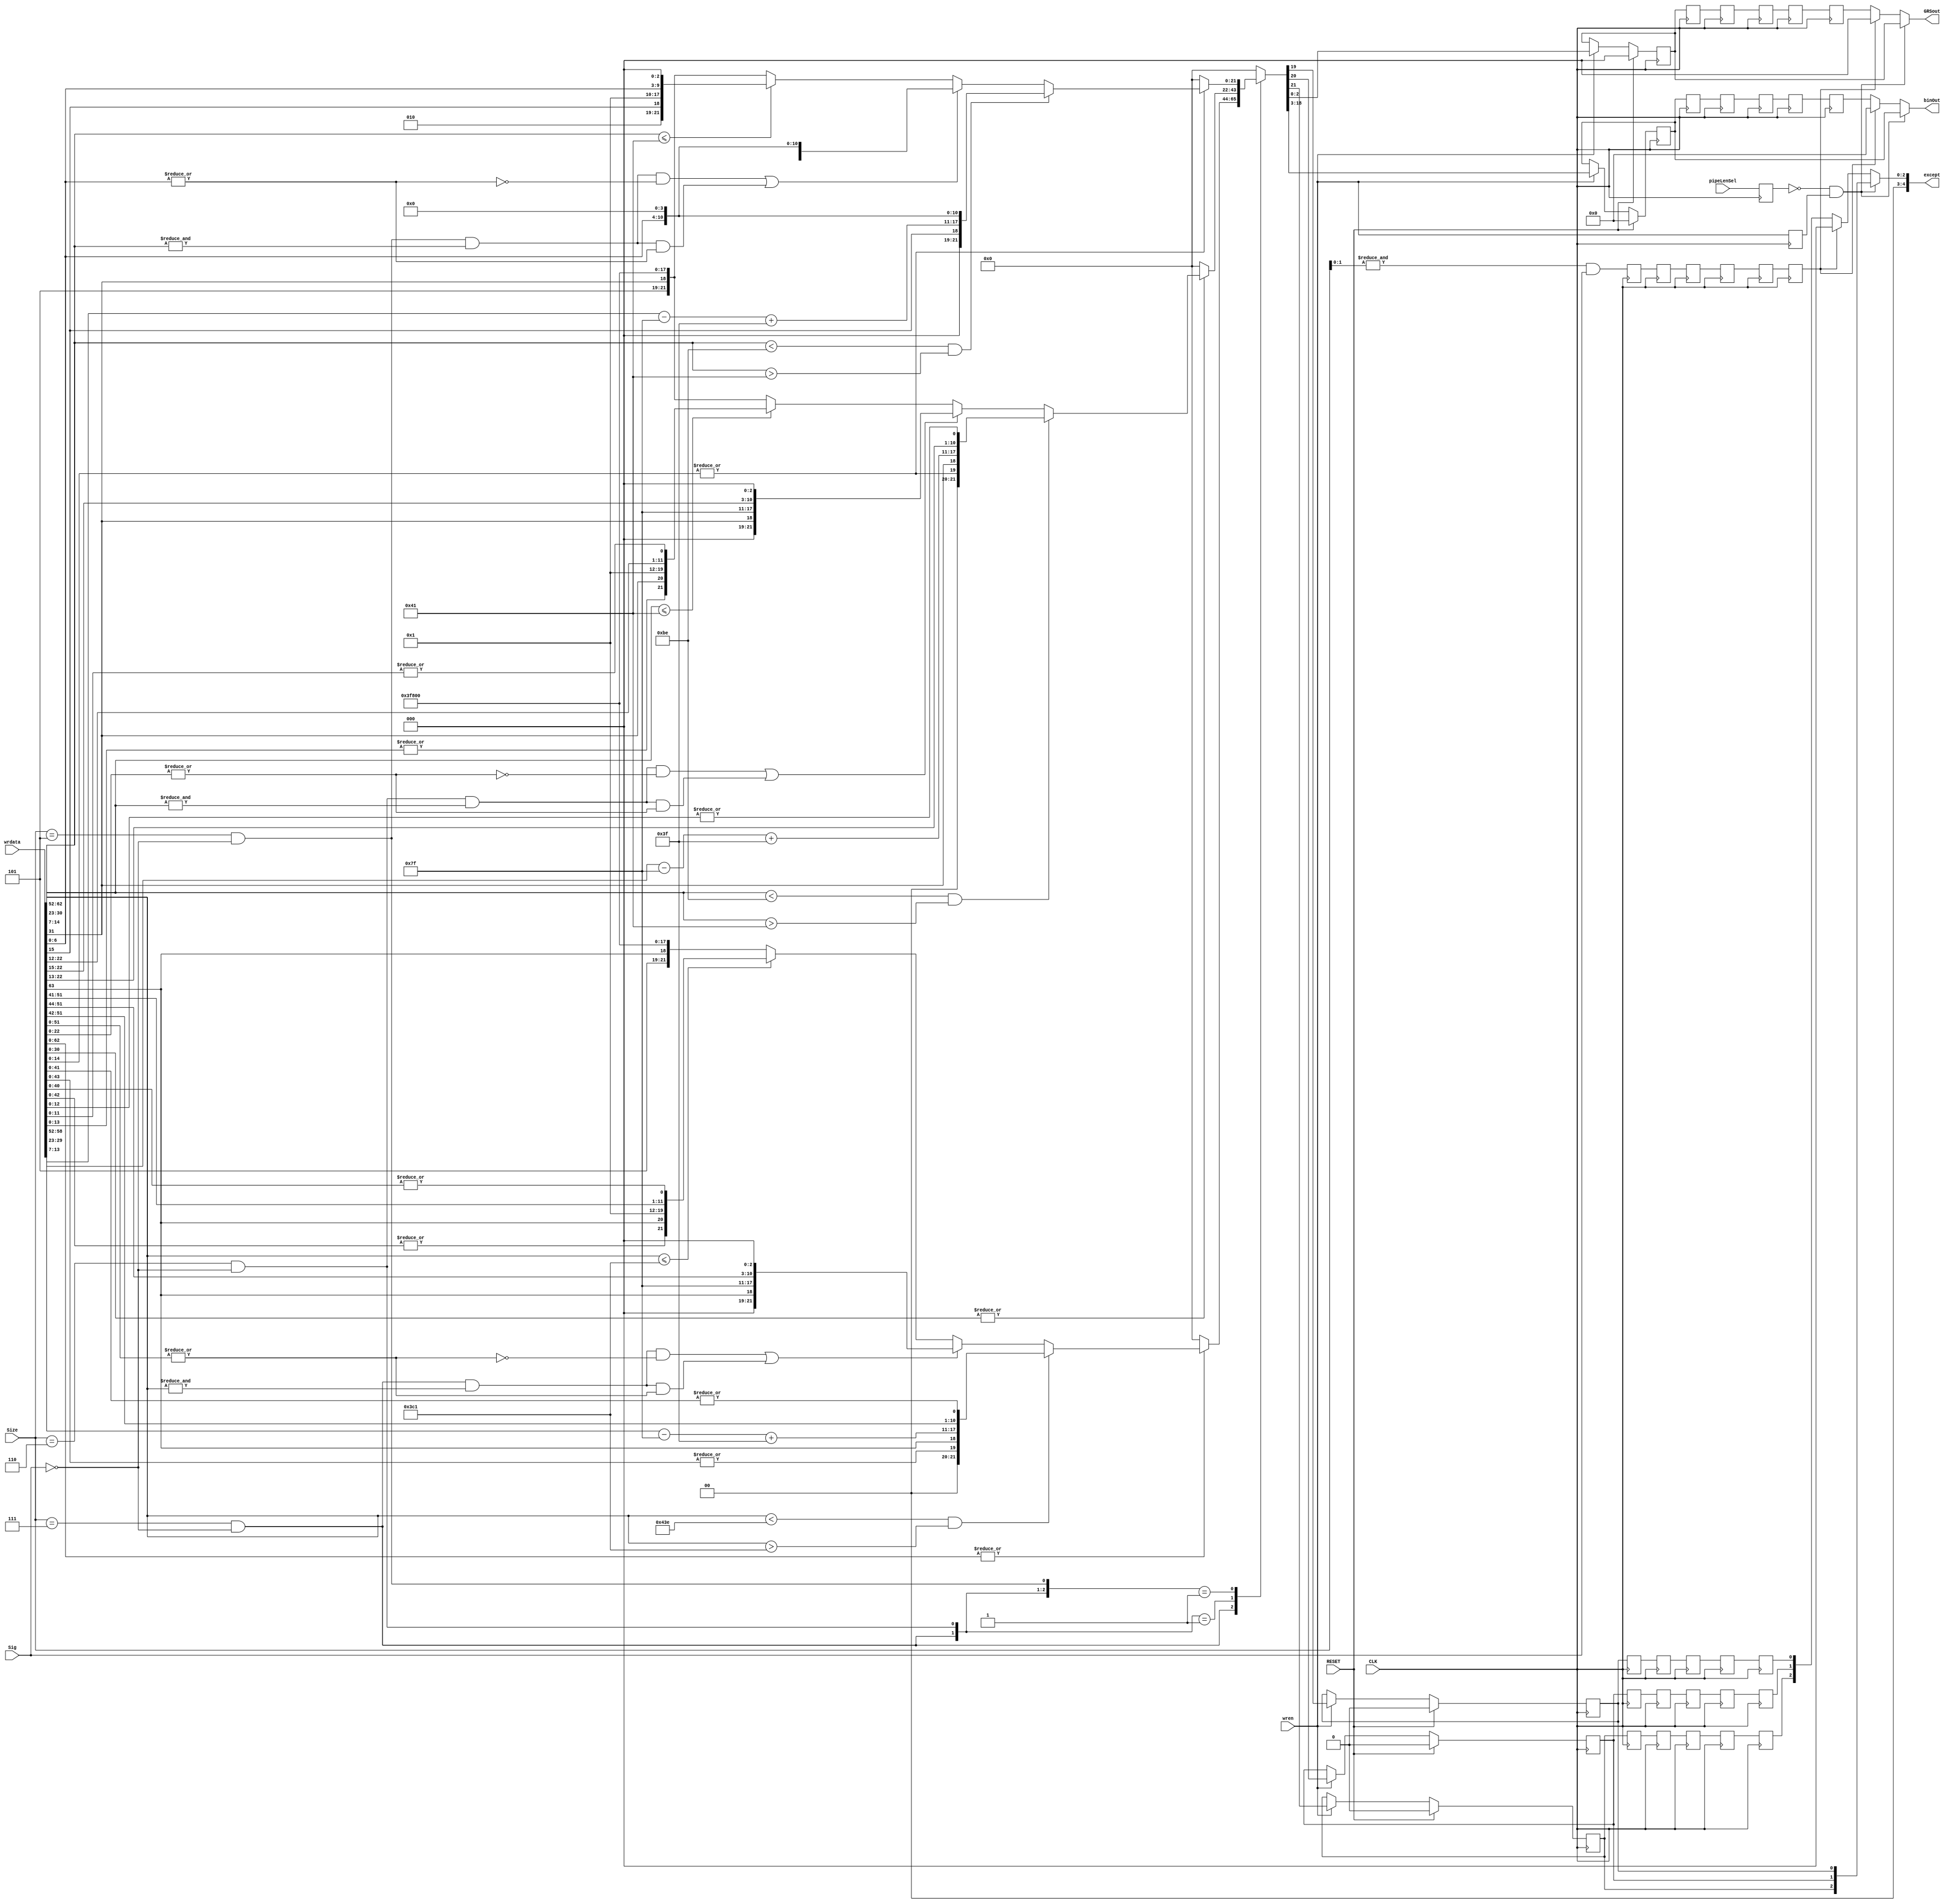
//univ_in_H7.v
//
// Version:  1.21  November 30, 2019
// Copyright (C) 2019.  All rights reserved.
//
////////////////////////////////////////////////////////////////////////////////////////////////////////////////////////
//                                                                                                                    //
//                                                    Open-Source                                                     //
//                            SYMPL 64-Bit Universal Floating-point ISA Compute Engine and                            //
//                                   Fused Universal Neural Network (FuNN) eNNgine                                    //
//                                    Evaluation and Product Development License                                      //
//                                                                                                                    //
//                                                                                                                    //
// Open-source means:  this source code and this instruction set ("this IP") may be freely downloaded, copied,        //
// modified, distributed and used in accordance with the terms and conditons of the licenses provided herein.         //
//                                                                                                                    //
// Provided that you comply with all the terms and conditions set forth herein, Jerry D. Harthcock ("licensor"),      //
// the original author and exclusive copyright owner of this SYMPL 64-Bit Universal Floating-point ISA Compute Engine //
// and Fused Universal Neural Network (FuNN) eNNgine, including related development software ("this IP"), hereby      //
// grants recipient of this IP ("licensee"), a world-wide, paid-up, non-exclusive license to implement this IP        //
// within the programmable fabric of Xilinx Kintex Ultra and Kintex Ultra+ brand FPGAs--only--and used only for the   //
// purposes of evaluation, education, and development of end products and related development tools.  Furthermore,    //
// limited to the purposes of prototyping, evaluation, characterization and testing of implementations in a hard,     //
// custom or semi-custom ASIC, any university or institution of higher education may have their implementation of     //
// this IP produced for said limited purposes at any foundary of their choosing provided that such prototypes do      //
// not ever wind up in commercial circulation, with this license extending to such foundary and is in connection      //
// with said academic pursuit and under the supervision of said university or institution of higher education.        //
//                                                                                                                    //
// Any copying, distribution, customization, modification, or derivative work of this IP must include an exact copy   //
// of this license and original copyright notice at the very top of each source file and any derived netlist, and,    //
// in the case of binaries, a printed copy of this license and/or a text format copy in a separate file distributed   //
// with said netlists or binary files having the file name, "LICENSE.txt".  You, the licensee, also agree not to      //
// remove any copyright notices from any source file covered or distributed under this Evaluation and Product         //
// Development License.                                                                                               //
//                                                                                                                    //
// LICENSOR DOES NOT WARRANT OR GUARANTEE THAT YOUR USE OF THIS IP WILL NOT INFRINGE THE RIGHTS OF OTHERS OR          //
// THAT IT IS SUITABLE OR FIT FOR ANY PURPOSE AND THAT YOU, THE LICENSEE, AGREE TO HOLD LICENSOR HARMLESS FROM        //
// ANY CLAIM BROUGHT BY YOU OR ANY THIRD PARTY FOR YOUR SUCH USE.                                                     //
//                                                                                                                    //
// Licensor reserves all his rights, including, but in no way limited to, the right to change or modify the terms     //
// and conditions of this Evaluation and Product Development License anytime without notice of any kind to anyone.    //
// By using this IP for any purpose, licensee agrees to all the terms and conditions set forth in this Evaluation     //
// and Product Development License.                                                                                   //
//                                                                                                                    //
// This Evaluation and Product Development License does not include the right to sell products that incorporate       //
// this IP or any IP derived from this IP. If you would like to obtain such a license, please contact Licensor.       //
//                                                                                                                    //
// Licensor can be contacted at:  SYMPL.gpu@gmail.com or Jerry.Harthcock@gmail.com                                    //
//                                                                                                                    //
////////////////////////////////////////////////////////////////////////////////////////////////////////////////////////

 `timescale 1ns/100ps

module univ_in_H7 (
    CLK,
    RESET,
    wren,
    pipeLenSel,   //1=long pipe, 0=short pipe
    Size,         //source Size
    Sig,          //source Signal
    wrdata,
    binOut,
    GRSout,
    except    //{divX0, invalid, overflow, underflow, inexact}
    );

input CLK;
input RESET;
input wren;
input pipeLenSel;
input [2:0] Size;        //source Size
input Sig;               //source Signal
input [63:0] wrdata;    
output [15:0] binOut;
output [2:0] GRSout;
output [4:0] except;

wire [15:0] binOutDCS;
wire [2:0] GRSoutDCS;

reg [15:0] bin78_del_2,
           bin78_del_3,
           bin78_del_4,
           bin78_del_5,
           bin78_del_6;

reg [2:0]  bin78GRS_del_2,
           bin78GRS_del_3,
           bin78GRS_del_4,
           bin78GRS_del_5,
           bin78GRS_del_6;         

reg  overflow_del_2,
     overflow_del_3,
     overflow_del_4,
     overflow_del_5,
     overflow_del_6;

reg  underflow_del_2,
     underflow_del_3,
     underflow_del_4,
     underflow_del_5,
     underflow_del_6;
     
reg  inexact_del_2,
     inexact_del_3,
     inexact_del_4,
     inexact_del_5,
     inexact_del_6;
     

reg  H7_del_1,
     H7_del_2,
     H7_del_3,
     H7_del_4,
     H7_del_5,
     H7_del_6;
           
wire [4:0] except;
wire ovflw;
wire divX0;
wire undflw;

wire ovflwDCS;
wire divX0DCS;
wire undflwDCS;
wire inexactDCS;

assign ovflwDCS   = 0;  //not implemented yet
assign divX0DCS   = 0;  //not implemented yet
assign undflwDCS  = 0;  //not implemented yet
assign inexactDCS = 0;  //not implemented yet

//possible input formats
wire H7;
wire bin64;
wire bin32;
wire bfloat16;

//assign H7       = (Size==3'b111) &&  Sig;
assign H7       = &Size[1:0] &&  Sig;     //must be 8 bytes or multiples of 8 bytes
assign bin64    = (Size==3'b111) && ~Sig;
assign bin32    = (Size==3'b110) && ~Sig;
assign bfloat16 = (Size==3'b101) && ~Sig;

wire bin64inf;
wire bin32inf;
wire bfloat16inf;

wire bin64nan;
wire bin32nan;
wire bfloat16nan;

wire bin64zero;
wire bin32zero;
wire bfloat16zero;

assign bin64inf    =  bin64    &&  &wrdata[62:52] && ~|wrdata[51:0];
assign bin32inf    =  bin32    &&  &wrdata[30:23] && ~|wrdata[22:0];
assign bfloat16inf =  bfloat16 &&  &wrdata[14:7]  && ~|wrdata[6:0];

assign bin64nan    =  bin64    &&  &wrdata[62:52] && |wrdata[51:0];
assign bin32nan    =  bin32    &&  &wrdata[30:23] && |wrdata[22:0];
assign bfloat16nan =  bfloat16 &&  &wrdata[14:7]  && |wrdata[6:0];

assign bin64zero = ~|wrdata[62:0];
assign bin32zero = ~|wrdata[30:0];
assign bfloat16zero = ~|wrdata[14:0];

wire [2:0] binFormatSel;
assign binFormatSel = {bin64, bin32, bfloat16};

wire [10:0] bin64unbExp;
assign bin64unbExp = wrdata[62:52] - 1023;
wire [10:0] convBin64toBin78biased;
assign convBin64toBin78biased = bin64unbExp + 63;

wire [7:0] bin32unbExp;
assign bin32unbExp = wrdata[30:23] - 127;
wire [7:0] convBin32toBin78biased;
assign convBin32toBin78biased = bin32unbExp + 63;

wire [7:0] bf16unbExp;
assign bf16unbExp = wrdata[14:7] - 127;
wire [7:0] convBF16toBin78biased;
assign convBF16toBin78biased = bf16unbExp + 63;


reg [15:0] bin78;
reg [2:0] bin78GRS;
reg overflow;
reg underflow;
reg inexact;

always @(posedge CLK)
    if (RESET) {overflow, underflow, inexact, bin78, bin78GRS} <= 22'b0;
    else if (wren)
        casex(binFormatSel)
            3'b1xx : if (bin64zero) {overflow, underflow, inexact, bin78, bin78GRS} <= 0;
                     else if ((wrdata[62:52] < (1023 + 63)) && (wrdata[62:52] > (1023 - 62))) {overflow, underflow, inexact, bin78, bin78GRS} <= {2'b00, |wrdata[43:0], wrdata[63], convBin64toBin78biased[6:0], wrdata[51:44],  wrdata[43:42], |wrdata[41:0]}; 
                     else if (bin64inf || bin64nan) {overflow, underflow, inexact, bin78, bin78GRS} <= {3'b000, wrdata[63], 7'h7F, wrdata[51:44], 3'b000}; 
                     else if (wrdata[62:52] <= (1023 - 62)) {overflow, underflow, inexact, bin78, bin78GRS} <= {1'b0, |wrdata[42:0], |wrdata[42:0], wrdata[63], 7'h00, 1'b1,  wrdata[51:43],  wrdata[42:41], |wrdata[40:0]};
                     else  {overflow, underflow, inexact, bin78, bin78GRS} <= {3'b101, wrdata[63], 7'h7F, 8'h00, 3'b000};
            3'b01x : if (bin32zero) {overflow, underflow, inexact, bin78, bin78GRS} <= 0;
                     else if ((wrdata[30:23] < (127 + 63)) && (wrdata[30:23] > (127 - 62))) {overflow, underflow, inexact, bin78, bin78GRS} <= {2'b00, |wrdata[14:0], wrdata[31], convBin32toBin78biased[6:0], wrdata[22:15],  wrdata[14:13], |wrdata[12:0]}; 
                     else if (bin32inf || bin32nan) {overflow, underflow, inexact, bin78, bin78GRS} <= {3'b000, wrdata[31], 7'h7F, wrdata[22:15], 3'b000}; 
                     else if (wrdata[30:23] <= (127 - 62)) {overflow, underflow, inexact, bin78, bin78GRS} <= {1'b0, |wrdata[13:0], |wrdata[13:0], wrdata[31], 7'h00, 1'b1, wrdata[22:14], wrdata[13:12], |wrdata[11:0]};
                     else  {overflow, underflow, inexact, bin78, bin78GRS} <= {3'b101, wrdata[31], 7'h7F, 8'h00, 3'b000};
            3'b001 : if (bfloat16zero) {overflow, underflow, inexact, bin78, bin78GRS} <= 0;
                     else if ((wrdata[14:7] < (127 + 63)) && (wrdata[14:7] > (127 - 62))) {overflow, underflow, inexact, bin78, bin78GRS} <= {3'b000, wrdata[15], convBF16toBin78biased[6:0],  wrdata[6:0], 4'b0000}; 
                     else if ( bfloat16inf ||  bfloat16nan) {overflow, underflow, inexact, bin78, bin78GRS} <= {3'b000, wrdata[15], 7'h7F, wrdata[6:0], 4'b0000}; 
                     else if (wrdata[14:7] <= (127 - 62)) {overflow, underflow, inexact, bin78, bin78GRS} <= {3'b010, wrdata[15], 7'h00, 1'b1, wrdata[6:0], 3'b000};
                     else  {overflow, underflow, inexact, bin78, bin78GRS} <= {3'b101, wrdata[31], 7'h7F, 8'h00, 3'b000};
           default : {overflow, underflow, inexact, bin78, bin78GRS} = 22'b0;
        endcase
       
always @(posedge CLK) begin
    bin78_del_2 <= bin78;
    bin78_del_3 <= bin78_del_2;
    bin78_del_4 <= bin78_del_3;
    bin78_del_5 <= bin78_del_4;
    bin78_del_6 <= bin78_del_5;
end

always @(posedge CLK) begin
    bin78GRS_del_2 <= bin78GRS;
    bin78GRS_del_3 <= bin78GRS_del_2;
    bin78GRS_del_4 <= bin78GRS_del_3;
    bin78GRS_del_5 <= bin78GRS_del_4;
    bin78GRS_del_6 <= bin78GRS_del_5;
end

always @(posedge CLK) begin
    overflow_del_2 <= overflow;
    overflow_del_3 <= overflow_del_2;
    overflow_del_4 <= overflow_del_3;
    overflow_del_5 <= overflow_del_4;
    overflow_del_6 <= overflow_del_5;
end

always @(posedge CLK) begin
    underflow_del_2 <= underflow;
    underflow_del_3 <= underflow_del_2;
    underflow_del_4 <= underflow_del_3;
    underflow_del_5 <= underflow_del_4;
    underflow_del_6 <= underflow_del_5;
end

always @(posedge CLK) begin
    inexact_del_2 <= inexact;
    inexact_del_3 <= inexact_del_2;
    inexact_del_4 <= inexact_del_3;
    inexact_del_5 <= inexact_del_4;
    inexact_del_6 <= inexact_del_5;
end

always @(posedge CLK) begin
    H7_del_1 <= H7;
    H7_del_2 <= H7_del_1;
    H7_del_3 <= H7_del_2;
    H7_del_4 <= H7_del_3;
    H7_del_5 <= H7_del_4;
    H7_del_6 <= H7_del_5;
end

reg [6:1] pipeLenSel_del;
always @(posedge CLK) begin
    pipeLenSel_del[1] <= pipeLenSel;
    pipeLenSel_del[2] <= pipeLenSel_del[1];
    pipeLenSel_del[3] <= pipeLenSel_del[2];
    pipeLenSel_del[4] <= pipeLenSel_del[3];
    pipeLenSel_del[5] <= pipeLenSel_del[4];
    pipeLenSel_del[6] <= pipeLenSel_del[5];
end

`ifdef FuNN_Has_FromDecimalChar
decCharToBinH8 DCStoBinH8_out(
    .RESET (RESET ),
    .CLK   (CLK   ),
    .wren  (wren  ),
    .wrdata(wrdata),
    .binOut(binOutDCS),
    .GRS   (GRSoutDCS)
    );
`else
assign binOutDCS = 0;
assign GRSoutDCS = 0;
`endif

reg wren_del;
always @(posedge CLK) wren_del <= wren;

assign binOut = (~pipeLenSel_del[1] && wren_del) ? bin78    : (H7_del_6 ? binOutDCS : bin78_del_6);
assign GRSout = (~pipeLenSel_del[1] && wren_del) ? bin78GRS : (H7_del_6 ? GRSoutDCS : bin78GRS_del_6);
assign except = (~pipeLenSel_del[1] && wren_del) ? {1'b0, 1'b0, overflow, underflow, inexact} : (H7_del_6 ? 5'b00000 : {1'b0, 1'b0, overflow_del_6, underflow_del_6, inexact_del_6});

endmodule